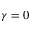
\gamma = 0